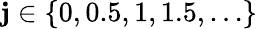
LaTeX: \mathbf{j}\in\{ 0,0.5,1,1.5,\ldots\}